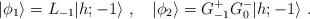
LaTeX: \begin{align*}\vert\phi_1\rangle=L_{-1}\vert{h;-1}\rangle{}~,{}~{}~{}~ \vert\phi_2\rangle=G^+_{-1}G^-_0\vert{h;-1}\rangle{}~.\end{align*}